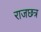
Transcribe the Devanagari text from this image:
राजछत्र